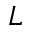
L